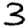
Digit: 3